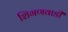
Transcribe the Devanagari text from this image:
शिगणवाडी